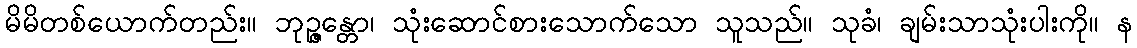
မိမိတစ်ယောက်တည်း။ ဘုဉ္ဇန္တော၊ သုံးဆောင်စားသောက်သော သူသည်။ သုခံ၊ ချမ်းသာသုံးပါးကို။ န